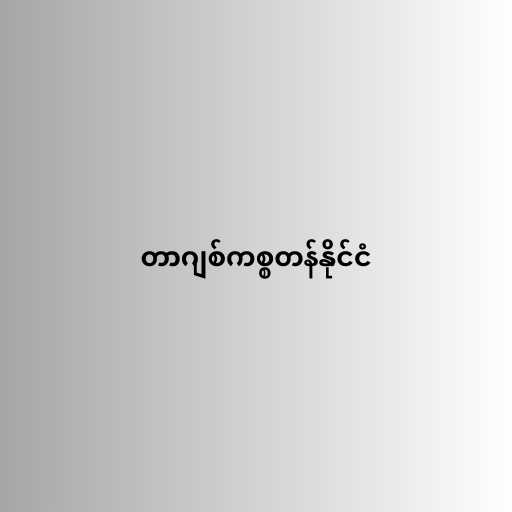
တာဂျစ်ကစ္စတန်နိုင်ငံ